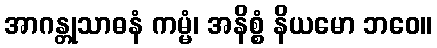
အာဂန္တုသာဓနံ ကမ္မံ၊ အနိစ္စံ နိယမော ဘဝေ။